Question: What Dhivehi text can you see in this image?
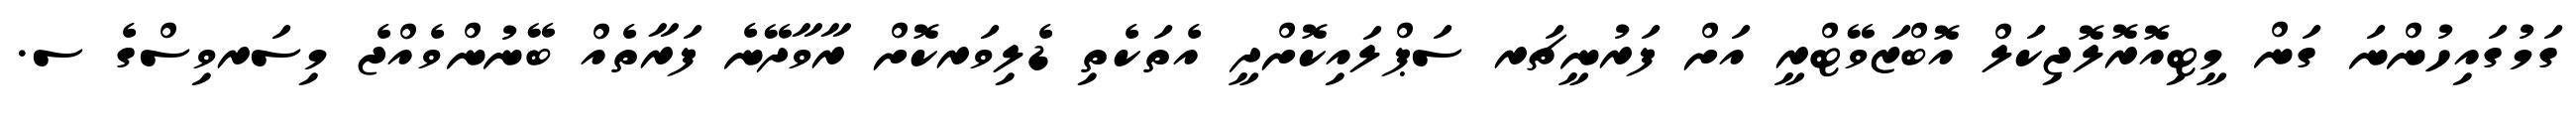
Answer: ގަމުގައިހުންނަ ގަން މީޓިއޮރޮލޮޖިކަލް އޮބްޒަވޭޓްރީ އަށް ފަރުނީޗަރ ސަޕްލައިކޮށްދީ އެތަކެތި ޑެލިވަރކޮށް ރާވާދޭނެ ފަރާތެއް ބޭނުންވެއްޖެ މިސަރވިސްގެ ސ.